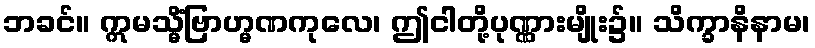
ဘခင်။ ဣမသ္မိံဗြာဟ္မဏကုလေ၊ ဤငါတို့ပုဏ္ဏားမျိုး၌။ သိက္ခာနိနာမ၊